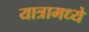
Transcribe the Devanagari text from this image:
यात्रामध्ये